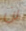
لن